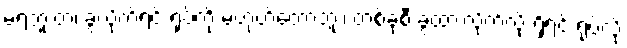
မရဘူးတဲ့၊ ခွဲလိုက်ရင် ရုပ်ကို မဟုတ်တော့ဘူး၊ တစ်ခုစီ ခွဲထားလိုက်လို့ ရှိရင် ရုပ်လို့